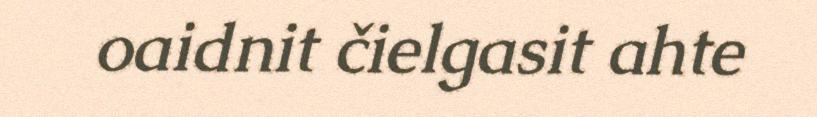
oaidnit čielgasit ahte